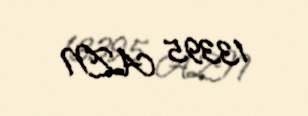
13395 AZN